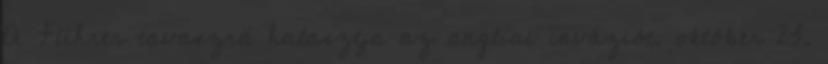
A Führer tavaszra halasztja az angliai inváziót. október 23.